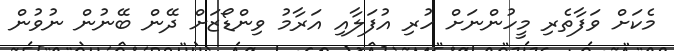
މެކަށް ވަފާތެރި މީހުންނަށް ހުރި އުފަލާއި އަރާމު ވިންޑޯޒަށް ދޭން ބޭނުން ނުވުން